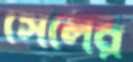
সেলের